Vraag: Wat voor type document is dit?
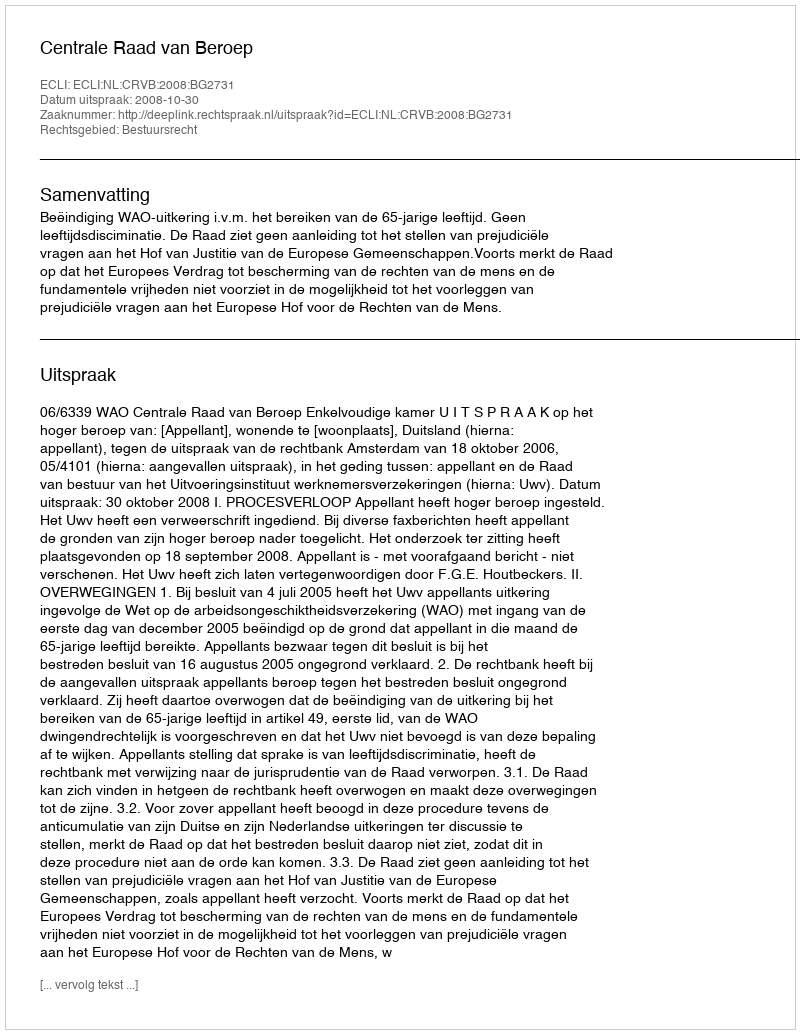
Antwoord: Uitspraak